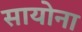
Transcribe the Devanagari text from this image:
सायोना